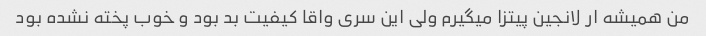
من همیشه ار لانجین پیتزا میگیرم ولی این سری واقا کیفیت بد بود و خوب پخته نشده بود